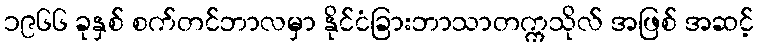
၁၉၆၆ ခုနှစ် စက်တင်ဘာလမှာ နိုင်ငံခြားဘာသာတက္ကသိုလ် အဖြစ် အဆင့်